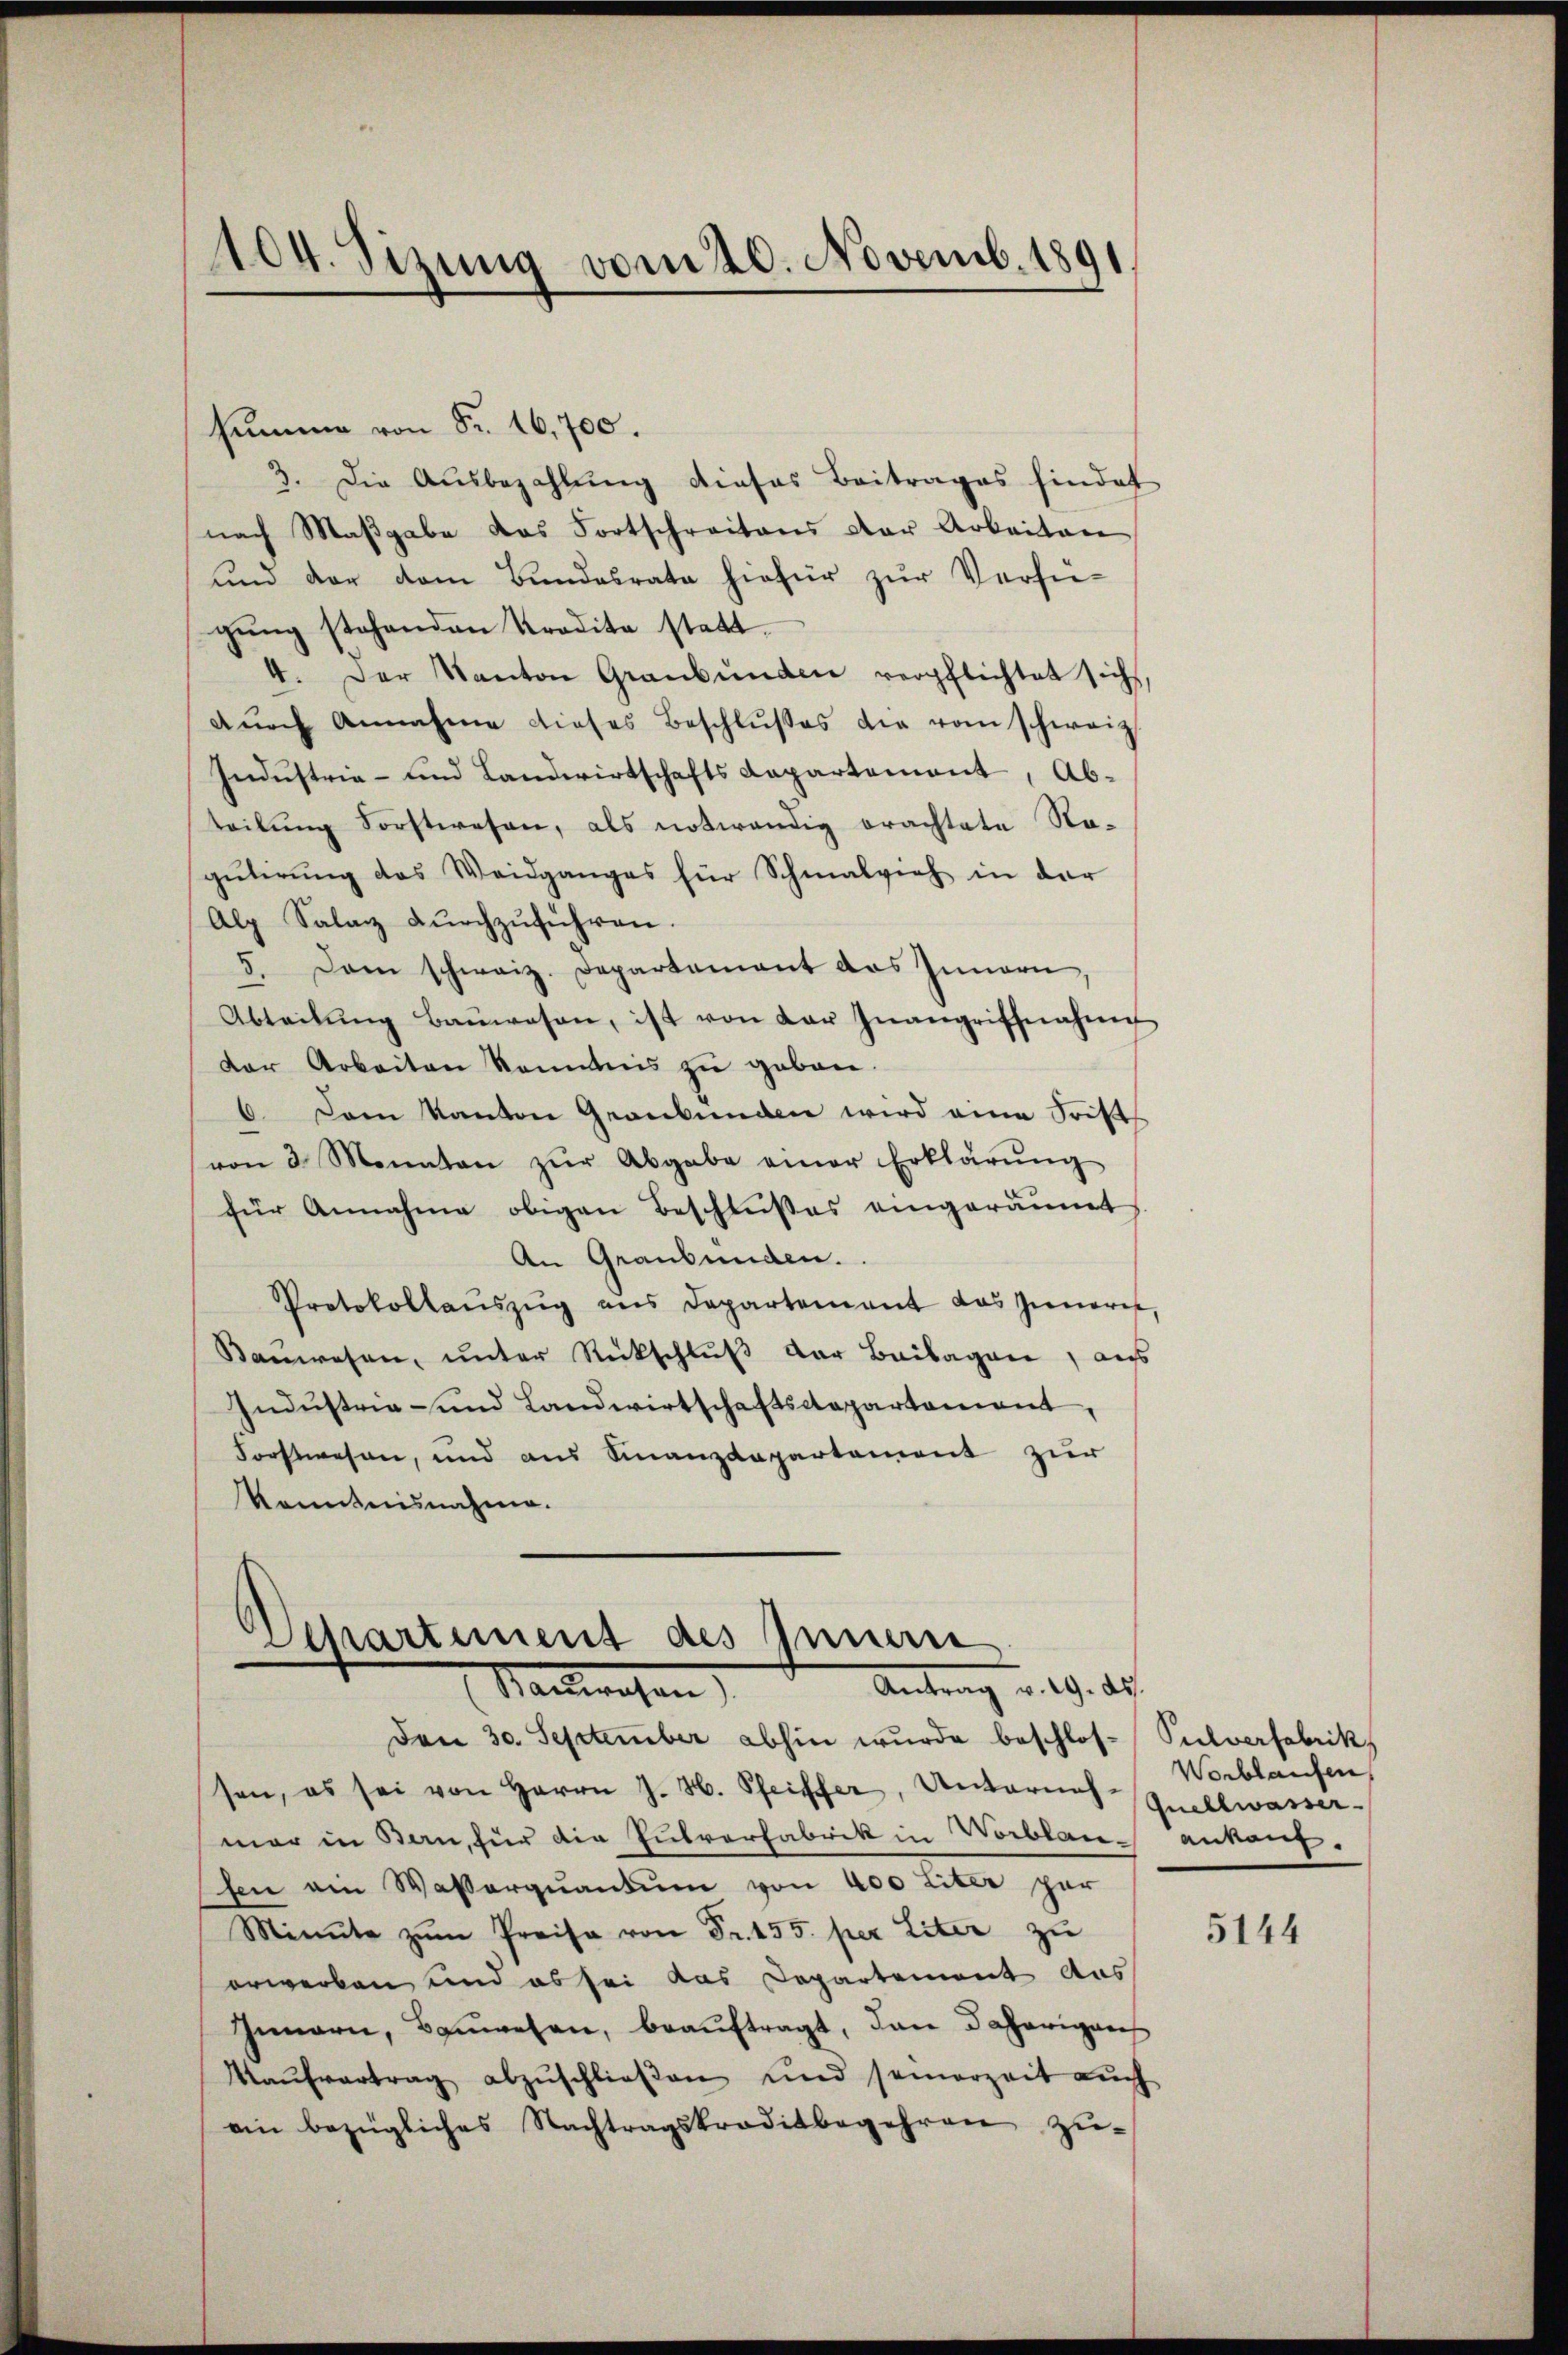
104. Sizung vom 20. Novemb. 1891.

summe von Fr. 16,700.
3. Die Ausbezahlung dieses Beitrages hindet
nach Maβgabe das Fortschreitens der Arbeiten
und der dem Bundesrate hiefür zur Verfü-
gŭng stehenden Kredita statt¬
4. Der Kanton Graubünden verpflichtet sich,
dŭrch Annahme dieses Beschlŭsses die vom schweiz
Industria- und Landwirtschafts Kapartement, Abteilŭng Forstwesen, als notwendig erachtete Re-
gutirung des Weidganges für Schmalvieh in der
Alp Salon dŭrchzŭführen.
5. Dann schweiz. Departement das Innern,
Abteilŭng Baŭwesen, ist von der Inangriffnahm
der Arbeiten konntnis zu geben.
6. Dann Kanton Graubünden wird eine Frist
von 3 Monaten zŭr Abgabe einer Erklärŭng
für Annahme obigen Beschlußes eingeräumt
An Graubünden.
Protokollaŭszŭg ans Departement das Inneres,
Sanwesen, unter Rückschluß der Beilagen, aus
Indŭstria- und Landwirtschaftsdepartement
Forstwesen, und aus Finanzdepartement zur
kanntnisnahme.

.
Separtement des Innern
Antrag v. 19. 28.
Nanwesen

Den 30. September abhin wurde beschlos- Pulverfabrik
sen, es sei von Herrn J. H. Pfeiffer, Unterneh-
mar in Bern, für die Putverfabrik in Worblan-ankauf-
sen ein Wasserquantum von 400 Liter per
Minute zŭm Preise von Fr. 155. per Liter zu
erwerben und es sei das Departement aus
Innern, Bauwesen, beauftragt, dann daherigens
Kaŭfvertrag abzŭschlieβen und seinerzeit auch
ein bezügliches Nachtragskreditbegehren zu¬

Verblaufen
Quellwasser.

5144